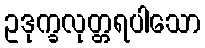
ဥဒုက္ခလုတ္တရပါသော